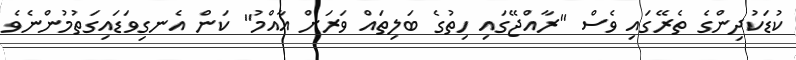
ކުޑަކުދިންގެ ތެރޭގައި ވެސް "ރާއްޖޭގައި ހިތުގެ ބަލިތައް ވަރަށް އާއްމު" ކަން އެނގިވަޑައިގަތުމުންނެވެ